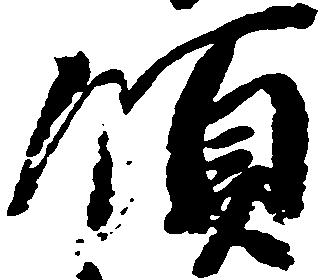
領